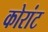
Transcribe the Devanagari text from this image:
कोरांट